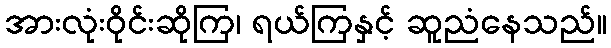
အားလုံးဝိုင်းဆိုကြ၊ ရယ်ကြနှင့် ဆူညံနေသည်။